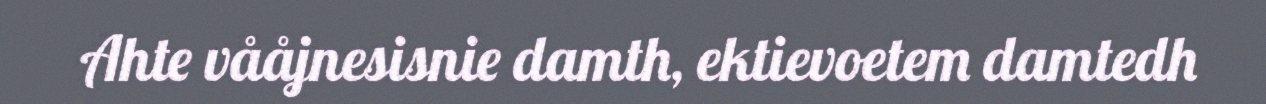
Ahte vååjnesisnie damth, ektievoetem damtedh